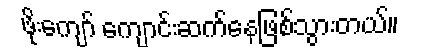
ဖိုးကျော် ကျောင်းဆက်နေဖြစ်သွားတယ်။